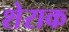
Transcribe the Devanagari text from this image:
शेराक